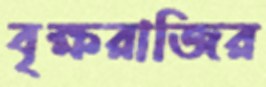
বৃক্ষরাজির